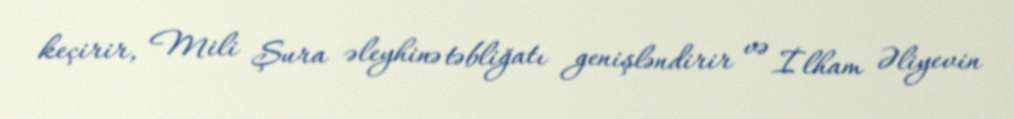
keçirir, Mili Şura əleyhinə təbliğatı genişləndirir və İlham Əliyevin